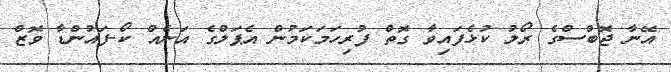
އޭނާ ޖޮބްސްގެ ރޯލު ކުޅެފައިވާ ގޮތް ފުރިހަމަކަމުން އެޕަލްގެ އަނެއް ކޯ-ފައުންޑާ ވޮޒް